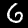
Digit: 6